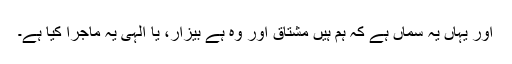
اور یہاں یہ سماں ہے کہ ہم ہیں مشتاق اور وہ ہے بیزار، یا الہی یہ ماجرا کیا ہے۔